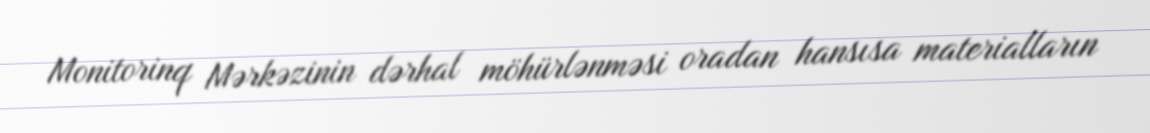
Monitorinq Mərkəzinin dərhal möhürlənməsi oradan hansısa materialların